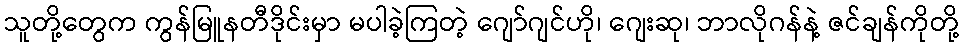
သူတို့တွေက ကွန်မြူနတီဒိုင်းမှာ မပါခဲ့ကြတဲ့ ဂျော်ဂျင်ဟို၊ ဂျေးဆု၊ ဘာလိုဂန်နဲ့ ဇင်ချန်ကိုတို့